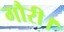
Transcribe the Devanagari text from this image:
गौरी।